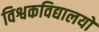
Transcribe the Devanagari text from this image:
विश्वकविद्यालयों